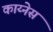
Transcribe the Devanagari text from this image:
काय्नेस